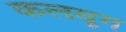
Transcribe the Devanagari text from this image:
कलयूग